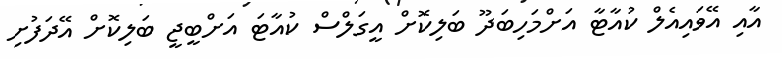
އާއި އޭވައިއެލް ކުއާޓާ އަށްމަހިބަދޫ ބަލިކޮށް އީގަލްސް ކުއާޓަ އަށްބީޖީ ބަލިކޮށް އޭދަފުށި